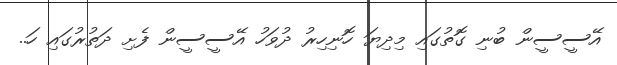
އޭސީސީން ބުނި ގޮތުގައި މިދިޔަ ހޮނިހިރު ދުވަހު އޭސީސީން ފެށި ދަތުރުގައި ހަ..